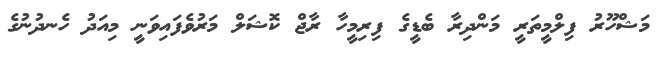
މަޝްހޫރު ފިލްމީތަރީ މަންދިރާ ބެޑީގެ ފިރިމީހާ ރާޖް ކޮޝަލް މަރުވެފައިވަނީ މިއަދު ހެނދުނުގެ